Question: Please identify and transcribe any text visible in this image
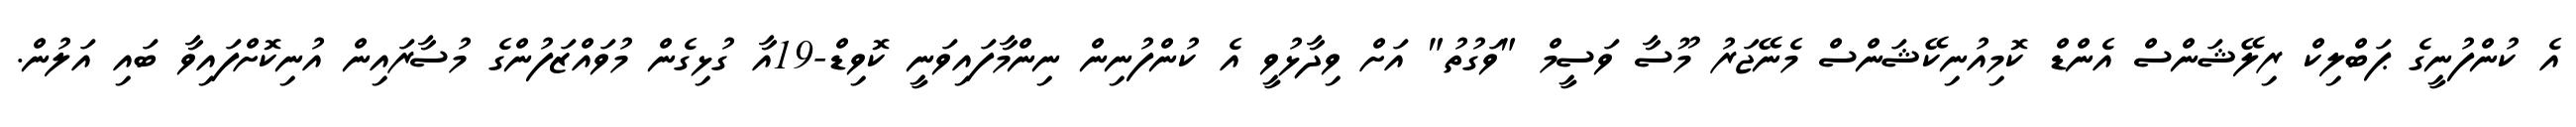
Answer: އެ ކުންފުނީގެ ޕަބްލިކް ރިލޭޝަންސް އެންޑް ކޮމިއުނިކޭޝަންސް މެނޭޖަރު މޫސާ ވަސީމް "ވަގުތު" އަށް ވިދާޅުވީ އެ ކުންފުނިން ނިންމާފައިވަނީ ކޮވިޑް-19އާ ގުޅިގެން މުވައްޒަފުންގެ މުސާރައިން އުނިކޮށްފައިވާ ބައި އަލުން.